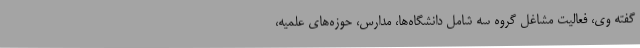
گفته وی، فعالیت مشاغل گروه سه شامل دانشگاه‌ها، مدارس، حوزه‌های علمیه،